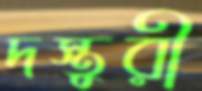
দস্তুরী